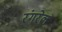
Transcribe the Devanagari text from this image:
रंगरेल